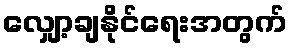
လျှော့ချနိုင်ရေးအတွက်